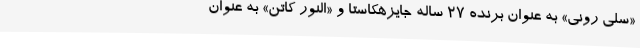
«سلی رونی» به عنوان برنده 27 ساله جایزهکاستا و «النور کاتن» به عنوان